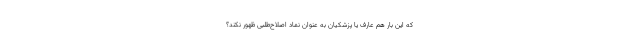
که این بار هم عارف یا پزشکیان به عنوان نماد اصلاح‌طلبی ظهور نکند؟